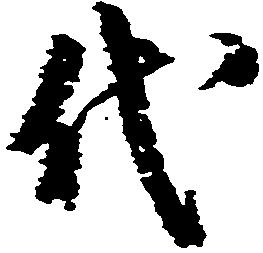
代